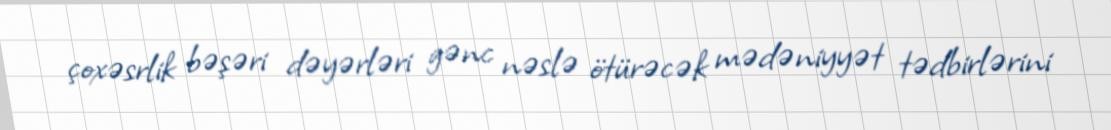
çoxəsrlik bəşəri dəyərləri gənc nəslə ötürəcək mədəniyyət tədbirlərini